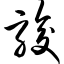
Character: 骏